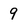
Character: 9